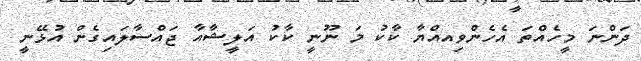
ދަންނަ މީހެއްތަ އެހެންވިއއްޔާ ކާކު މަ ނޫނީ ކާކު އަލީޝާއާ ޖައްސާލައިގެން އުޅޭނީ